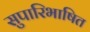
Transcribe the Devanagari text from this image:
सुपारिभाषित